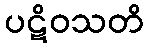
ပဋိဝသတိ